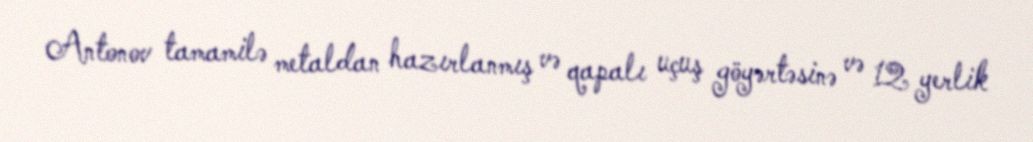
Antonov tamamilə metaldan hazırlanmış və qapalı uçuş göyərtəsinə və 12 yerlik